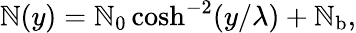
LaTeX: \mathbb{N}(y)=\mathbb{N}_{0}\cosh^{-2}(y/\lambda)+\mathbb{N}_{\mathrm{{b}}},